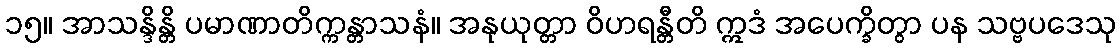
၁၅။ အာသန္ဒိန္တိ ပမာဏာတိက္ကန္တာသနံ။ အနုယုတ္တာ ဝိဟရန္တီတိ ဣဒံ အပေက္ခိတွာ ပန သဗ္ဗပဒေသု